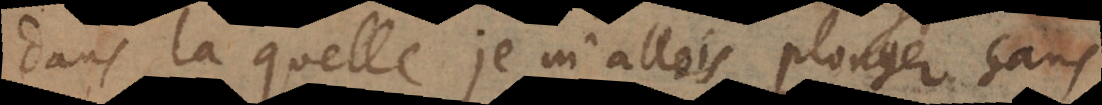
dans la quelle je m’allois plonger sans